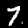
Label: 7